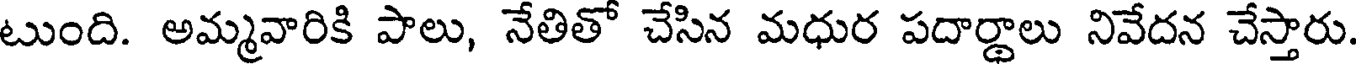
టుంది. అమ్మవారికి పాలు, నేతితో చేసిన మధుర పదార్థాలు నివేదన చేస్తారు